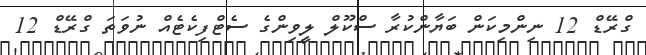
ގްރޭޑް 12 ނިންމިކަން ބަޔާންކުރާ ސްކޫލް ލީވިންގެ ސެޓްފިކެޓެއް ނުވަތަ ގްރޭޑް 12